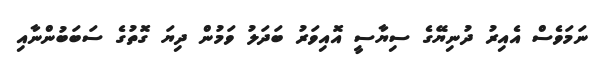
ނަމަވެސް އެއިރު ދުނިޔޭގެ ސިޔާސީ އޮއިވަރު ބަދަލު ވަމުން ދިޔަ ގޮތުގެ ސަބަބުންނާއި